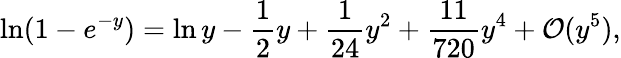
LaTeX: \ln(1-e^{-y})=\ln y-\frac{1}{2}y+\frac{1}{24}y^{2}+\frac{11}{720}y^{4}+{\cal O}(y^{5}),